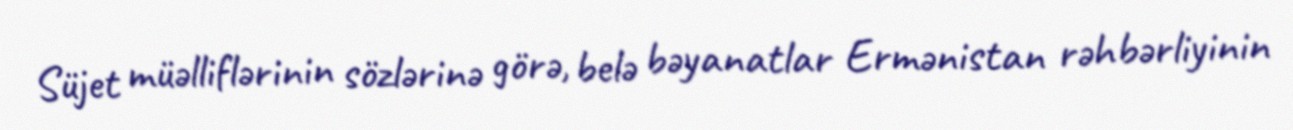
Süjet müəlliflərinin sözlərinə görə, belə bəyanatlar Ermənistan rəhbərliyinin